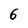
Character: 6